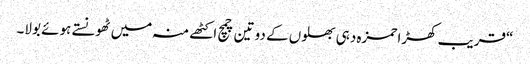
“قریب کھڑا حمزہ دہی بھلوں کے دو تین چمچ اکٹھے منہ میں ٹھونستے ہوئے بولا۔